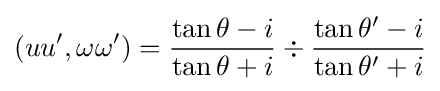
(uu',\omega \omega ')={\frac {\tan \theta -i}{\tan \theta +i}}\div {\frac {\tan \theta '-i}{\tan \theta '+i}}